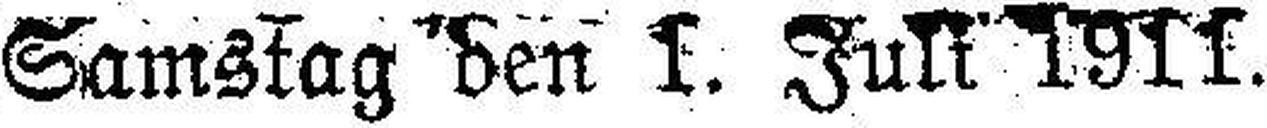
Samstag den 1. Juli 1911.